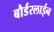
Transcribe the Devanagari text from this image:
बौर्डरलाईन